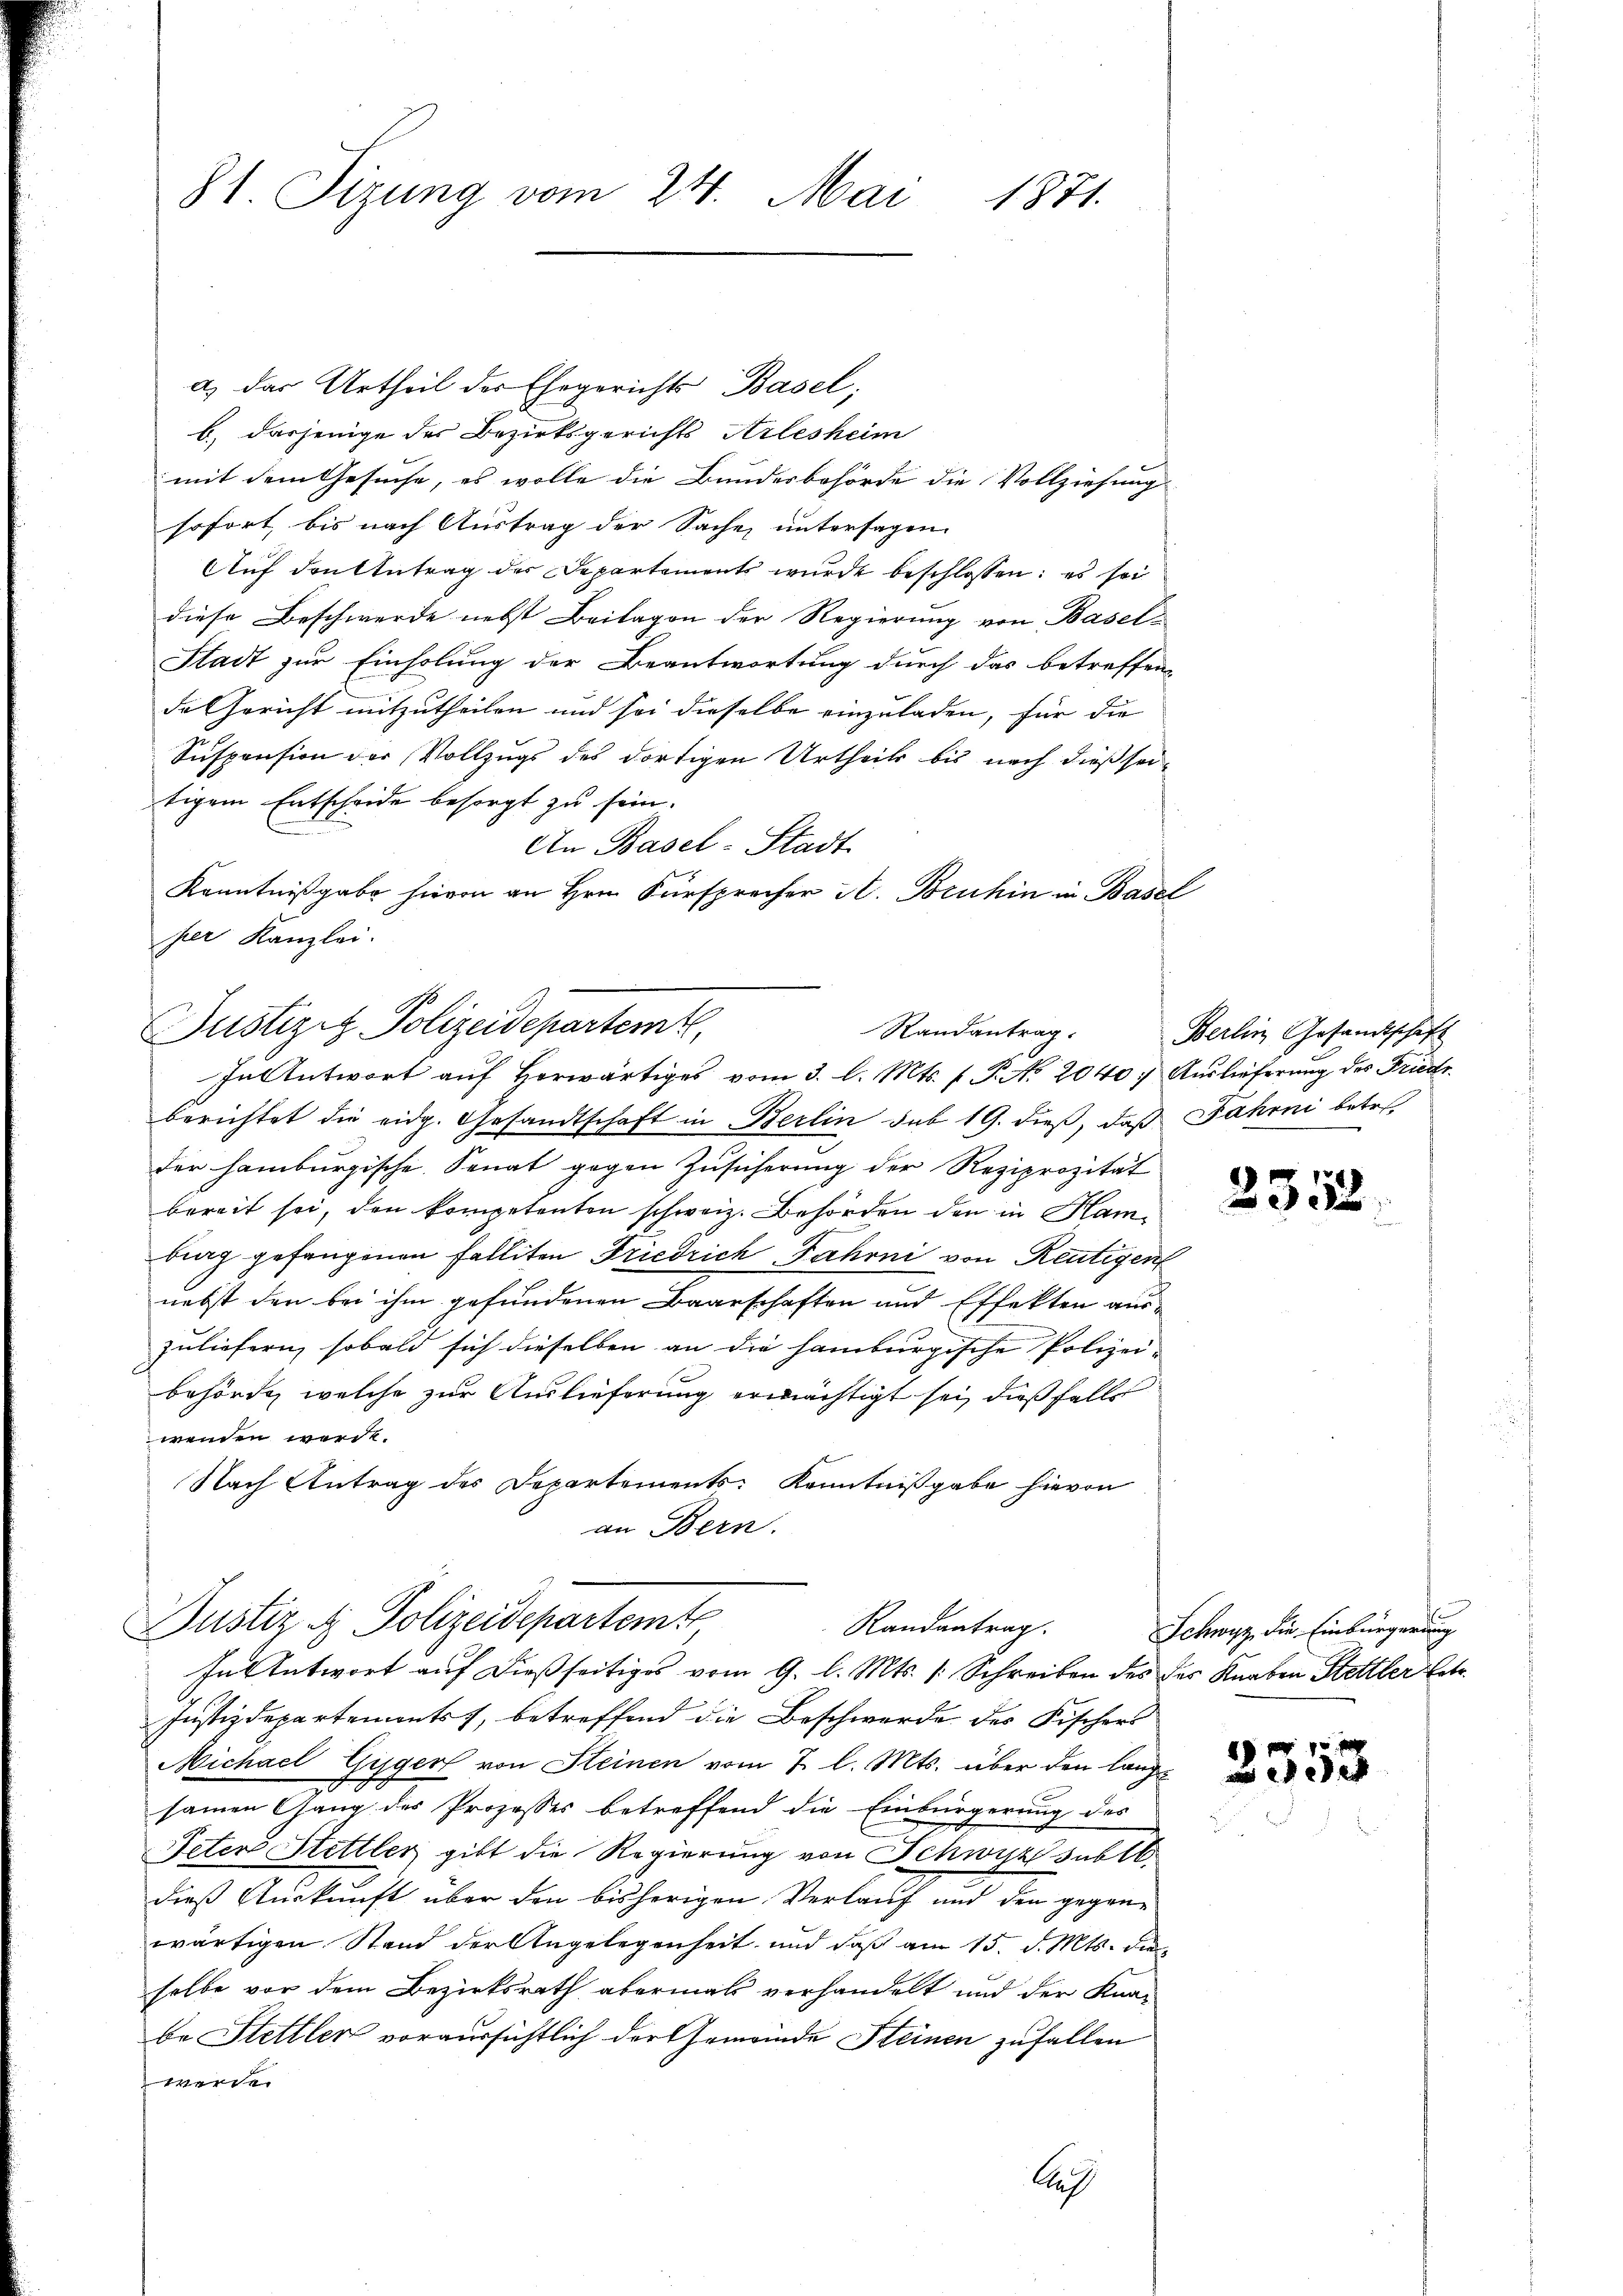
81. Sizung vom 24. Mai 1871.

a) das Urtheil des Ehegerichts Basel;
b.) dasjenige des Bezirksgerichts Arlesheim
mit dem Gesuche, es wolle die Bundesbehörde die Vollziehung
sofort, bis nach Austrag der Sache untersagen.
Auf den Antrag der Departements wurde beschlossen: es sei
diese Beschwerde nebst Beilagen der Regierung von Basel¬
Stadt zur Einholung der Beantwortung durch das betreffen
de Gericht mitzutheilen und sei dieselbe einzuladen, für die
Suspension der Vollzugs des dortigen Urtheils bis nach dießsei-
tigem Entscheide besorgt zu sein.
An Basel-Stadt
Kenntnißgabe hievon an Hrn. Fürsprecher A. Bruhin in Basel
hier Kanzlei.
berichtet die eidg. Gesandtschaft in Berlin sub 19. dieß, daß Fahrni betr.
der hamburgische Senat gegen Zusicherung der Reziprozität
bereit sei, den kompetenten schweiz. Behörden den in Hamtrag gefangenen Falliten Friedrich Jahrni von Reutigent
nebst den bei ihm gefundenen Baarschaften und Effekten auszuliefern, sobald sich dieselben an die Hamburgische Polizei-
behörde, welche zur Auslieferung ermächtigt sei, dießfalls
wenden werde.
Nach Antrag des Departements Kenntnißgabe hievon
an Bern.
Justiz & Polizeidepartemt
Randantrag.
In Antwort auf dießseitiges vom 9. l. Mts. (: Schreiben des des Knaben Stettler betr.
Justizdepartements, betreffend die Beschwerde des Fischers
Michael Güger von Steinen vom 7. l. Mts. über den lang-
d
samen Gang des Prozesses betreffend die Einbürgerung des
Peter Stettler gibt die Regierung von Schwyz subll.
dieß Auskunft über den bisherigen Verlauf und den gegene
wärtigen Stand der Angelegenheit und daß am 15. d. Mts. die
selbe vor dem Bezirksrath abermals verhandelt und der Kna-
be Stettler voraussichtlich der Gemeinde Steinen zufallen
werde.

Justiziz Polizeidepartemt,
Randantrag.
In Antwort auf Horwärtiges vom 3. l. Mts. f. P. Nr. 2040. Auslieferung des Friedr

Au

Berlin Gesandtschaft

2352

Schwyz, die Einbürgerung

.
353